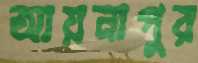
আয়নাপুর